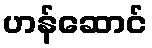
ဟန်ဆောင်